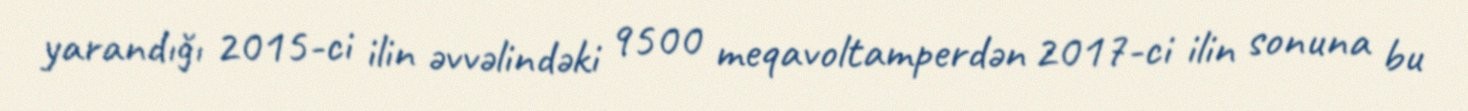
yarandığı 2015-ci ilin əvvəlindəki 9500 meqavoltamperdən 2017-ci ilin sonuna bu